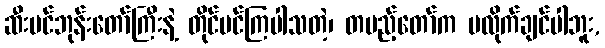
ဆီးပင်ဘုန်းတော်ကြီးနဲ့ တိုင်ပင်ကြပါသတဲ့၊ တပည့်တော်က မလိုက်ချင်ပါဘူး,